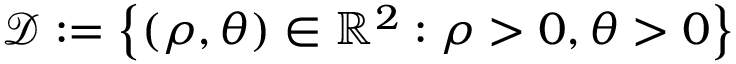
\mathcal { D } : = \left\lbrace ( \rho , \theta ) \in \mathbb { R } ^ { 2 } : \rho > 0 , \theta > 0 \right\rbrace